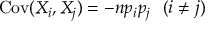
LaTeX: \operatorname { C o v } ( X _ { i } , X _ { j } ) = - n p _ { i } p _ { j } ~ ~ ( i \neq j )